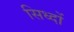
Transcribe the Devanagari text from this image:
सिध्दों